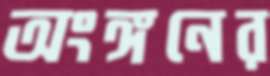
অংঙ্গনের